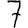
Digit: 7